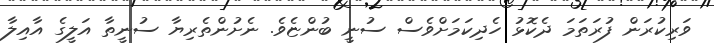
ވަރިކުރަން ފުރަތަމަ ދެކޮޅު ހެދިކަމަށްވެސް ސުނީ ބުންޏެވެ. ނެށުންތެރިޔާ ސުނީތާ އަލީގެ އާއިލާ